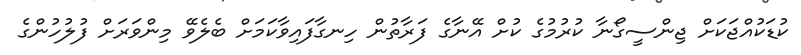
ކުޑަކުއްޖަކަށް ޖިންސީގޯނާ ކުރުމުގެ ކުށް އޭނާގެ ފަރާތުން ހިނގާފައިވާކަމަށް ބެލެވޭ މިންވަރަށް ފުލުހުންގެ